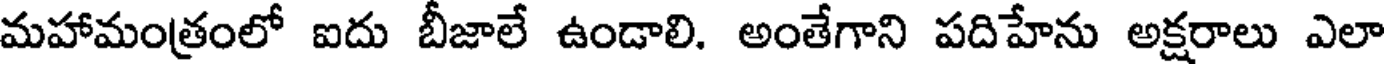
మహామంత్రంలో ఐదు బీజాలే ఉండాలి. అంతేగాని పదిహేను అక్షరాలు ఎలా